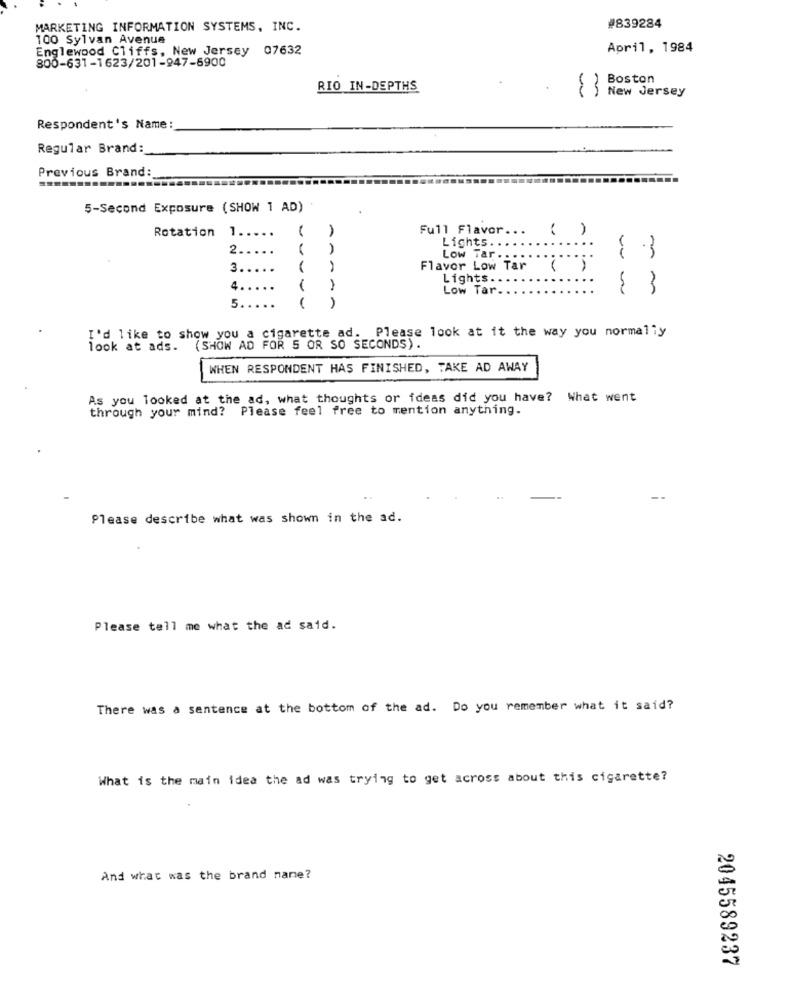
#839284
MARKETING INFORMATION SYSTEMS, INC.
100 Sylvan Avenue
Englewood Cliffs, New Jersey 07632
April, 1984
800-631-1623/201-947-6900
Boston
RIO IN-DEPTHS
83
New Jersey
Respondent's Name:
Regular Brand:
Previous Brand:
5-Second Exposure (SHOW 1 AD)
Rotation
1.
...
Full Flavor ...
( )
1 .....
Lights.
2 .....
2.
....
Low Tar .
........
3 .....
Flavor Low Tar ( )
Lights.
......
Low Tar.
{ 3
5. . . . .
AAAAA
I'd like to show you a cigarette ad. Please look at it the way you normally
look at ads. (SHOW AD FOR 5 OR SO SECONDS).
WHEN RESPONDENT HAS FINISHED, TAKE AD AWAY
As you looked at the ad, what thoughts or ideas did you have? What went
through your mind? Please feel free to mention anything.
Please describe what was shown in the ad.
Please tell me what the ad said.
There was a sentence at the bottom of the ad. Do you remember what it said?
What is the main idea the ad was trying to get across about this cigarette?
And what was the brand name?
2045589237